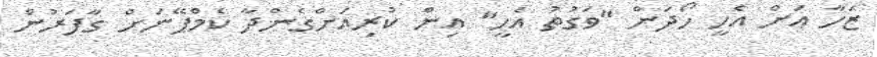
ޒަހާ އަށް އެހީ ހޯދަން "ވަގުތު އެހީ" އިން ކުރިއަށްގެންދާ ކެމްޕޭނަށް ގާފަރުން